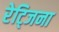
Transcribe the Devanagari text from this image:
रेट्जिना